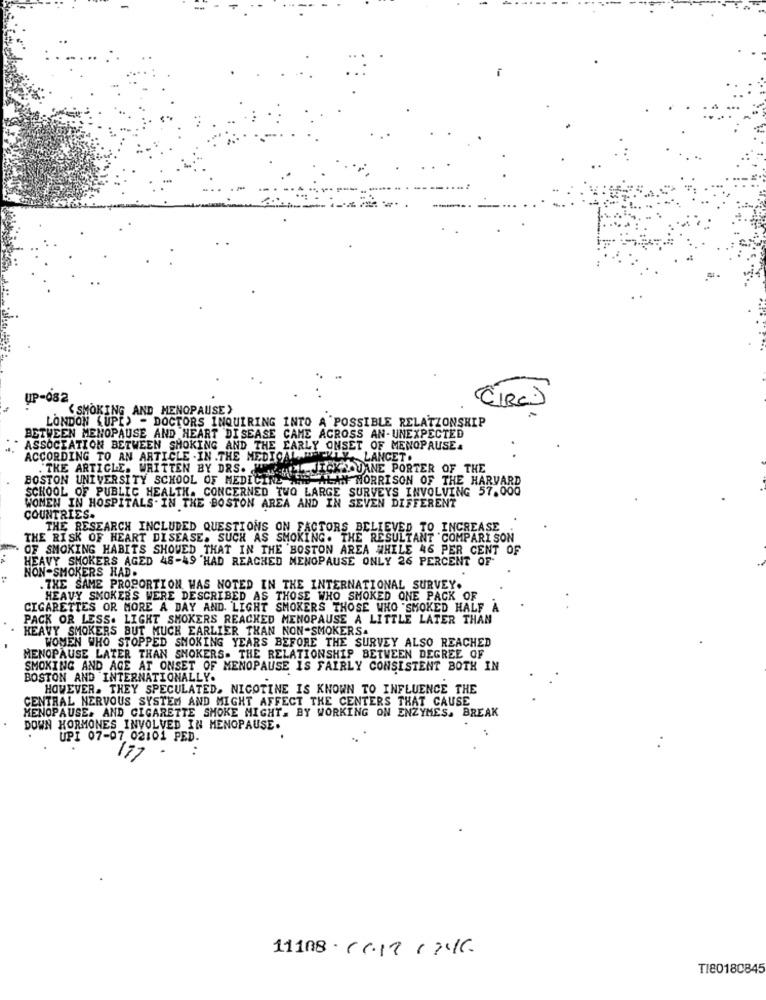
UP
< SMOKING AND MENOPAUSE>
(CIRC
LONDON (UP[) - DOCTORS INQUIRING INTO A POSSIBLE RELATIONSHIP
BETWEEN MENOPAUSE AND HEART DISEASE CAME ACROSS AN-UNEXPECTED
ASSOCIATION BETWEEN SHOKING AND THE EARLY ONSET OF MENOPAUSE.
ACCORDING TO AN ARTICLE .IN .THE MEDICAL, WEEKLY. LANCET.
" THE ARTICLE. WRITTEN BY DRS. '
ALLE JICKAAJANE PORTER OF THE
BOSTON UNIVERSITY SCHOOL OF MEDICINE THE ALAN MORRISON OF THE HARVARD
SCHOOL OF PUBLIC HEALTH. CONCERNED TWO LARGE SURVEYS INVOLVING 57.000
WOMEN IN HOSPITALS. IN THE BOSTON AREA AND IN SEVEN DIFFERENT
COUNTRIES.
THE RESEARCH INCLUDED QUESTIONS ON FACTORS BELIEVED TO INCREASE
THE RISK OF HEART DISEASE. SUCH AS SMOKING. THE RESULTANT COMPARISON
OF SMOKING HABITS SHOWED THAT IN THE BOSTON AREA WHILE 46 PER CENT OF
:
HEAVY SMOKERS AGED 48-49 HAD REACHED MENOPAUSE ONLY 26 PERCENT OF
NON-SMOKERS HAD.
. THE SAME PROPORTION WAS NOTED IN THE INTERNATIONAL SURVEY.
HEAVY SMOKERS WERE DESCRIBED AS THOSE WHO SMOKED ONE PACK OF
CIGARETTES OR MORE A DAY AND. LIGHT SMOKERS THOSE WHO "SMOKED HALF A
PACK OR LESS. LIGHT SMOKERS REACHED MENOPAUSE A LITTLE LATER THAN
HEAVY SMOKERS BUT MUCH EARLIER THAN NON-SMOKERS.
WOMEN WHO STOPPED SMOKING YEARS BEFORE THE SURVEY ALSO REACHED
MENOPAUSE LATER THAN SMOKERS. THE RELATIONSHIP BETWEEN DEGREE OF
SMOKING AND AGE AT ONSET OF MENOPAUSE IS FAIRLY CONSISTENT BOTH IN
BOSTON AND INTERNATIONALLY.
HOWEVER. THEY SPECULATED. NICOTINE IS KNOWN TO INFLUENCE THE
CENTRAL NERVOUS SYSTEM AND MIGHT AFFECT THE CENTERS THAT CAUSE
MENOPAUSE. AND CIGARETTE SMOKE MIGHT. BY WORKING ON ENZYMES. BREAK
DOWN HORMONES INVOLVED IN MENOPAUSE.
UPI 07-07 02:01 PED.
17
11108.20171346.
TI80180845